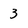
Character: 3